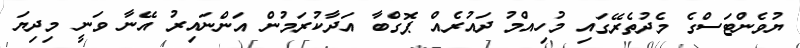
ޔުވެންޓަސްގެ މެދުތެރޭގައި މުހިއްމު ދައުރެއް ޕޮގްބާ އަދާކުރަމުން އަންނައިރު އޭނާ ވަނީ މިދިޔަ